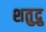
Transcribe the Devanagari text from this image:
शतुद्रु